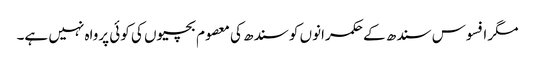
مگر افسوس سندھ کے حکمرانوں کو سندھ کی معصوم بچیوں کی کوئی پرواہ نہیں ہے۔